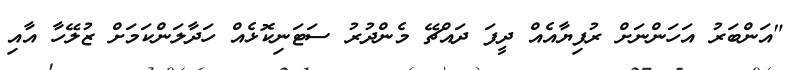
"އަންބަރު އަހަންނަށް ރުފިޔާއެއް ދީފަ ދައްޗޭ މެންދުރު ސަޓަނިކޮޅެއް ހަދާލަންކަމަށް ޒުލޭހާ އާއި